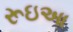
રૂઇઆ